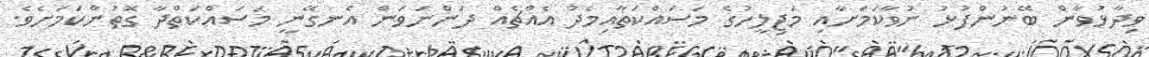
ވިދާޅުވާން ބޭނުންފުޅު ނުވާކަމަށާއި މަޖިލީހުގެ މަސައްކަތާއިމެދު އެެއްޗެއް ދަންނަވަން އެނގޭނީ މަސައްކަތްދާ ގޮތުންކަމަށެވެ.